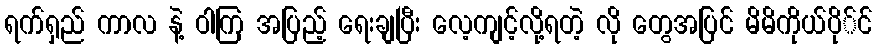
ရက်ရှည် ကာလ နဲ့ ဝါကြ အပြည့် ရေးချပြီး လေ့ကျင့်လို့ရတဲ့ လို တွေအပြင် မိမိကိုယ်ပို်င်